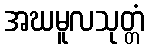
အဃမူလသုတ္တံ